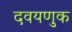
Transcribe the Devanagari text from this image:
दवयणुक